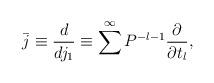
LaTeX: \begin{align*}\bar{j}\equiv \frac{d}{dj_{1}}\equiv \sum^{\infty}P^{-l-1}\frac{\partial}{\partial t_{l}},\end{align*}